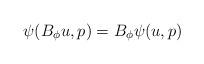
LaTeX: \begin{align*}\psi(B_\phi u,p) = B_\phi\psi(u,p)\end{align*}